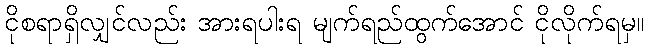
ငိုစရာရှိလျှင်လည်း အားရပါးရ မျက်ရည်ထွက်အောင် ငိုလိုက်ရမှ။